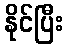
နိုင်ပြီး